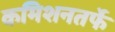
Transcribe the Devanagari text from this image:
कमिशनतर्फे